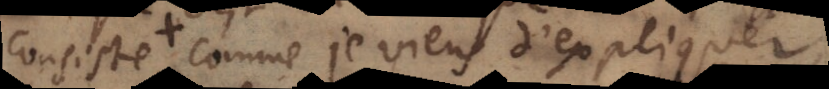
consiste, comme je viens d’expliquer,